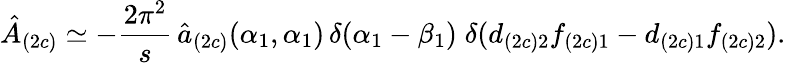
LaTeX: \hat{A}_{(2c)}\simeq-\frac{2\pi^{2}}{s}\, \hat{a}_{(2c)}(\alpha_{1},\alpha_{1})\, \delta(\alpha_{1}-\beta_{1})\; \delta(d_{(2c)2}f_{(2c)1}-d_{(2c)1}f_{(2c)2}).